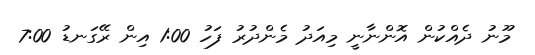
މޫނު ދެއްކުން އޮންނާނީ މިއަދު މެންދުރު ފަހު 1:00 އިން ރޭގަނޑު 7:00